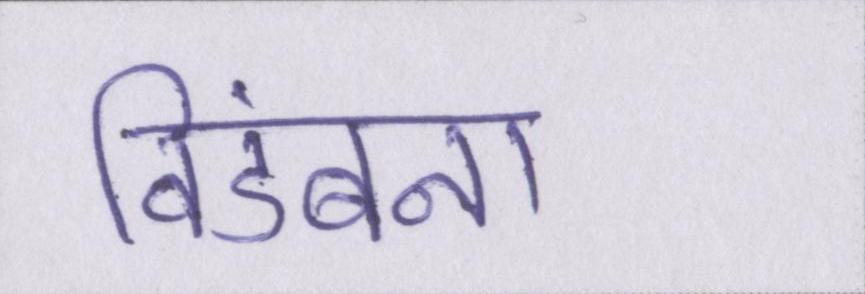
विडंबना